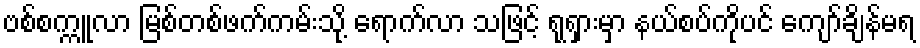
ဗစ်စက္ကူလာ မြစ်တစ်ဖက်ကမ်းသို့ ရောက်လာ သဖြင့် ရုရှားမှာ နယ်စပ်ကိုပင် ကျော်ချိန်မရ